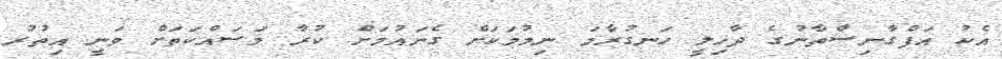
އެކު އަފްގާނިސްތާނުގެ ދާޚިލީ ހަނގުރާމަ ނިމުމަކަށް ގެނައުމަށް ކުރާ މަސައްކަތަށް ވަނީ އިތުރު